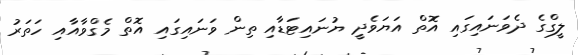
ލީގްގެ ދެވަނައިގައި އޮތް އަޔަވެދީ ޔުނައިޓަޑާއި ތިން ވަނައިގައި އޮތް މެގްވާއާއި ހަތަރު